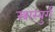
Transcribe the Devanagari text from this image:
स्त्रास्बुर्ग